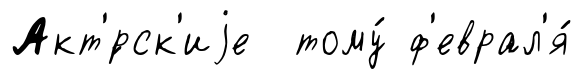
Акт'́рск'иjе тому́ ф'еврал'я́